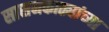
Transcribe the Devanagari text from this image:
सासनकाठ्यांच्या